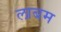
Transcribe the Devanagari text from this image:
लाबम